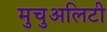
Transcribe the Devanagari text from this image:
मुचुअलिटी